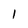
Character: 1